Insane asylums in Bengal annual reports 1867-1875 - 1867-1875
Year: 1867
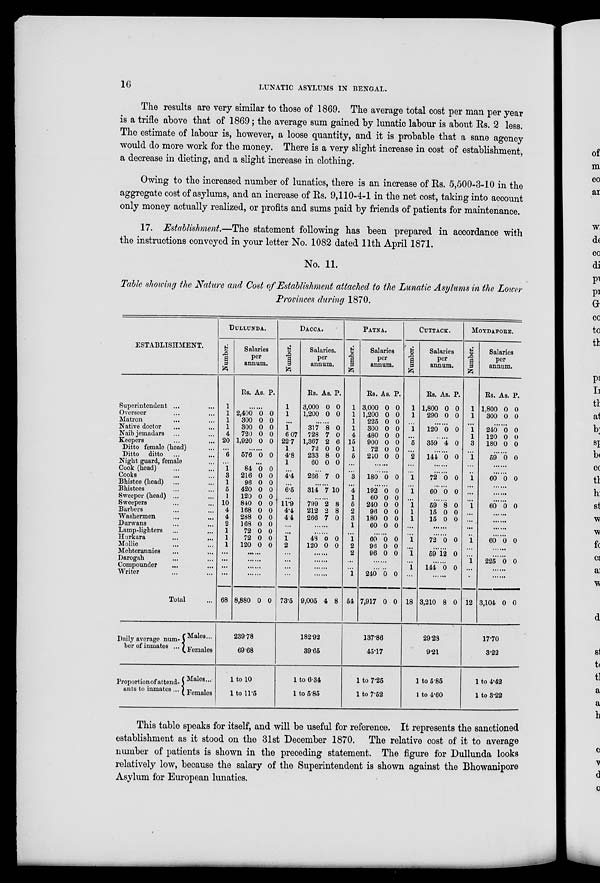
16
LUNATIC ASYLUMS IN BENGAL.
The results are very similar to those of 1869. The average total cost per man per year
is a trifle above that of 1869 ; the average sum gained by lunatic labour is about Rs. 2 less.
The estimate of labour is, however, a loose quantity, and it is probable that a sane agency
would do more work for the money. There is a very slight increase in cost of establishment,
a decrease in dieting, and a slight increase in clothing.
Owing to the increased number of lunatics, there is an increase of Rs. 5,500-3-10 in the
aggregate cost of asylums, and an increase of Rs. 9,110-4-1 in the net cost, taking into account
only money actually realized, or profits and sums paid by friends of patients for maintenance.
17. Establishment,—The statement following has been prepared in accordance with
the instructions conveyed in your letter No. 1082 dated 11th April 1871.
No. 11.
Table showing the Nature and Cost of Establishment attached to the Lunatic Asylums in the Lower
Provinces during 1870.
ESTABLISHMENT.
Superintendent ... ...
Overseer ... ...
Matron ... ...
Native doctor ... ...
Naib jemadars ... ...
Keepers ... ...
Ditto female (head) ...
Ditto ditto ... ...
Night guard, female ...
Cook (head) ... ...
Cooks ... ...
Bhistee (head) ... ...
Bhistees ... ...
Sweeper (head) ... ...
Sweepers ... ...
Barbers ... ...
Washermen ... ...
Durwans ... ...
Lamp-lighters ... ...
Hurkara ... ...
Mollie ... ...
Mehterannies ... ...
Darogah ... ...
Compounder ... ...
Writer ... ...
Total ...
Daily average num-
ber of inmates ...
Proportion of attend-
ants to inmates...
Males...
Females
Males...
Females
DULLUNDA.
Number.
1
1
1
1
4
20
...
6
...
1
3
1
5
1
10
4
4
2
1
1
1
...
...
...
...
68
Salaries
per
annum.
Rs.
As. P.
......
2,400
300
300
720
1,920
0
0
0
0
0
0
0
0
0
0
......
576 0 0
...
84
216
96
420
120
840
168
288
168
72
72
120
0
0
0
0
0
0
0
0
0
0
0
0
0
0
0
0
0
0
0
0
0
0
0
0
......
......
......
......
8,880 0 0
239.78
69.68
1 to 10
1 to 11.5
DACCA.
Number.
1
1
...
1
6 07
227
1
4.8
1
...
44
...
6.5
...
11.9
4.4
4.4
...
...
1
2
...
...
...
...
73.5
Salaries.
per
annum.
Rs.
3,000
1,200
As.
0
0
P.
0
0
......
317
728
1,367
72
233
60
8
7
2
0
8
0
0
0
6
0
0
0
...
266 7 0
......
314 7 10
......
799
212
266
2
2
7
8
8
0
......
......
48
120
0
0
0
0
......
......
......
......
9,005 4 8
182.92
39.65
1 to 6.34
1 to 5.85
PATNA.
Number.
1
1
1
1
4
15
1
5
...
...
3
...
4
1
5
2
3
1
...
1
2
2
...
...
1
54
Salaries
per
annum.
Rs.
3,000
1,200
225
300
480
900
72
240
As.
0
0
0
0
0
0
0
0
P.
0
0
0
0
0
0
0
0
......
......
180 0 0
......
192
60
240
96
180
60
0
0
0
0
0
0
0
0
0
0
0
0
......
60
96
96
0
0
0
0
0
0
......
......
240
7,917
0
0
0
0
137.86
45.17
1 to 7.25
1 to 7.52
CUTTACK.
Number.
1
1
...
1
...
5
...
2
...
...
1
...
1
...
1
1
1
...
...
1
...
1
...
1
...
18
...
...
Salaries
per
annum.
Rs.
1,800
290
As.
0
0
P.
0
0
......
120 0 0
......
359 4 0
......
144 0 0
......
......
72 0 0
......
60 0 0
......
59
15
15
8
0
0
0
0
0
......
......
72 0 0
......
59 12 0
......
144 0 0
......
3,210 8 0
29.28
9.21
1 to 5.85
1 to 4.60
MOYDAPORE.
Number.
1
1
...
1
1
3
...
1
...
...
1
...
...
...
1
...
...
...
...
1
...
...
1
...
...
12
Salaries
per
annum.
Rs.
1,800
300
As.
0
0
P.
0
0
......
240
120
180
0
0
0
0
0
0
......
59 0 0
......
......
60 0 0
......
......
......
60 0 0
......
......
......
......
60 0 0
......
......
225 0 0
......
......
3,104 0 0
17.70
3.22
1 to 4.42
1 to 3.22
This table speaks for itself, and will be useful for reference. It represents the sanctioned
establishment as it stood on the 31st December 1870. The relative cost of it to average
number of patients is shown in the preceding statement. The figure for Dullunda looks
relatively low, because the salary of the Superintendent is shown against the Bhowanipore
Asylum for European lunatics.